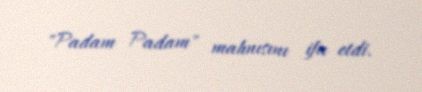
"Padam Padam" mahnısını ifa etdi.